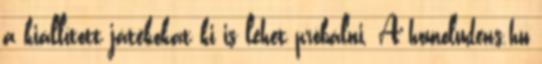
a kiállított játékokat ki is lehet próbálni. A homoludens.hu